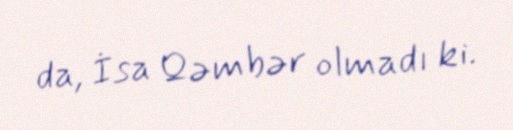
da, İsa Qəmbər olmadı ki.